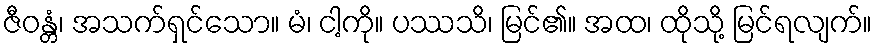
ဇီဝန္တံ၊ အသက်ရှင်သော။ မံ၊ ငါ့ကို။ ပဿသိ၊ မြင်၏။ အထ၊ ထိုသို့ မြင်ရလျက်။